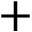
+